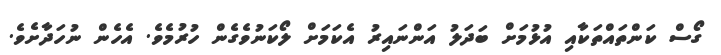
ގޯސް ކަންތައްތަކާއި އުޅުމަށް ބަދަލު އަންނައިރު އެކަމަށް ލޯކަނުވެގެން ހުރުމެވެ. އެހެން ނުހަދާށެވެ.